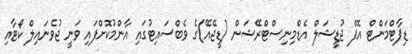
ޑިޕާޓްމަންޓް އޮފް ޖުޑީޝަލް އެޑްމިނިސްޓްރޭޝަން (ޑީޖޭއޭ)ގެ ވެބްސައިޓުގައި އާންމުކޮށްފައި ވަނީ ޖުވެނައިލް ކޯޓާއި